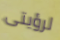
لرؤيتى